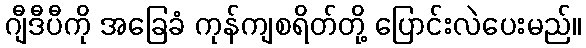
ဂျီဒီပီကို အခြေခံ ကုန်ကျစရိတ်တို့ ပြောင်းလဲပေးမည်။